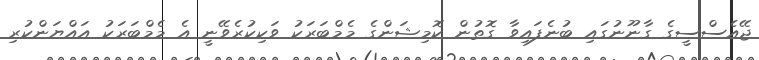
ޖޭއެސްސީގެ ގާނޫނުގައި ބުނެފައިވާ ގޮތުން ކޮމިޝަންގެ މެމްބަރަކު ވަކިކުރެވޭނީ އެ މެމްބަރަކު އައްޔަންކުރި